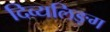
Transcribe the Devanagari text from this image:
दिव्यलिङ्ग